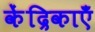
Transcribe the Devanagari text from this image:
केंद्रिकाएँ